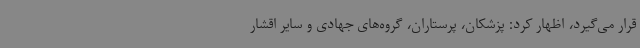
قرار می‌گیرد، اظهار کرد: پزشکان، پرستاران، گروه‌های جهادی و سایر اقشار